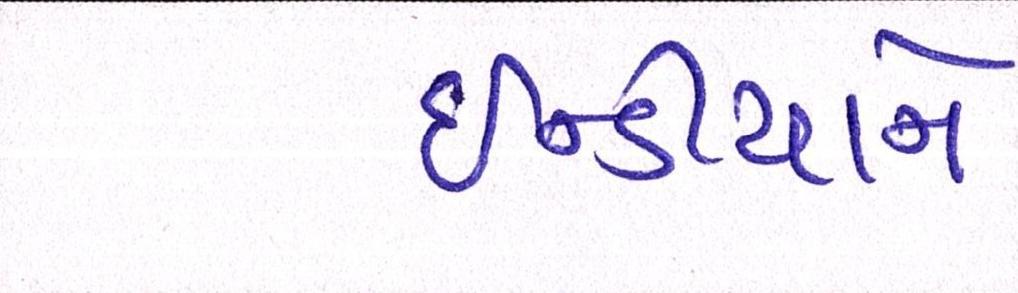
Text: ઈન્ડીયાને